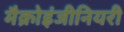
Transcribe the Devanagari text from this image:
मैक्रोइंजीनियरी